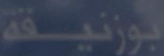
بوزنيفه